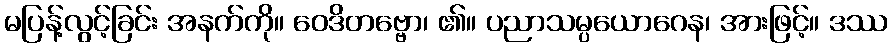
မပြန့်လွင့်ခြင်း အနက်ကို။ ဝေဒိတဗ္ဗော၊ ၏။ ပညာသမ္ပယောဂေန၊ အားဖြင့်။ ဒဿ